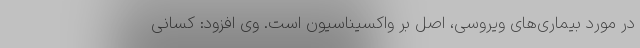
در مورد بیماری‌های ویروسی،‌ اصل بر واکسیناسیون است. وی افزود: کسانی